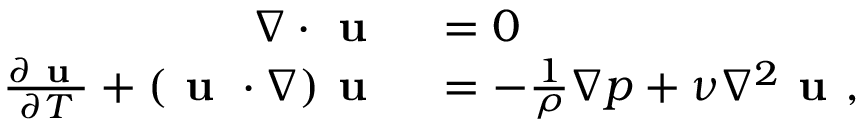
\begin{array} { r l } { \nabla \cdot \textbf { u } } & { { } = 0 } \\ { \frac { \partial \textbf { u } } { \partial T } + ( \textbf { u } \cdot \nabla ) \textbf { u } } & { { } = - \frac { 1 } { \rho } \nabla p + \nu \nabla ^ { 2 } \textbf { u } , } \end{array}